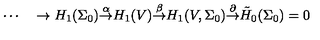
\cdots \quad \rightarrow H _ { 1 } ( \Sigma _ { 0 } ) { \frac { \buildrel \alpha } { \rightarrow } } H _ { 1 } ( V ) { \frac { \buildrel \beta } { \rightarrow } } H _ { 1 } ( V , \Sigma _ { 0 } ) { \frac { \buildrel \partial } { \rightarrow } } { \tilde { H } _ { 0 } } ( \Sigma _ { 0 } ) = 0 \quad